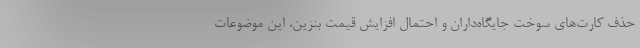
حذف کارت‌های سوخت جایگاه‌داران و احتمال افزایش قیمت بنزین، این موضوعات